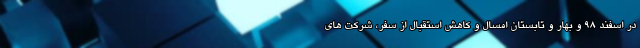
در اسفند ۹۸ و بهار و تابستان امسال و کاهش استقبال از سفر، شرکت های